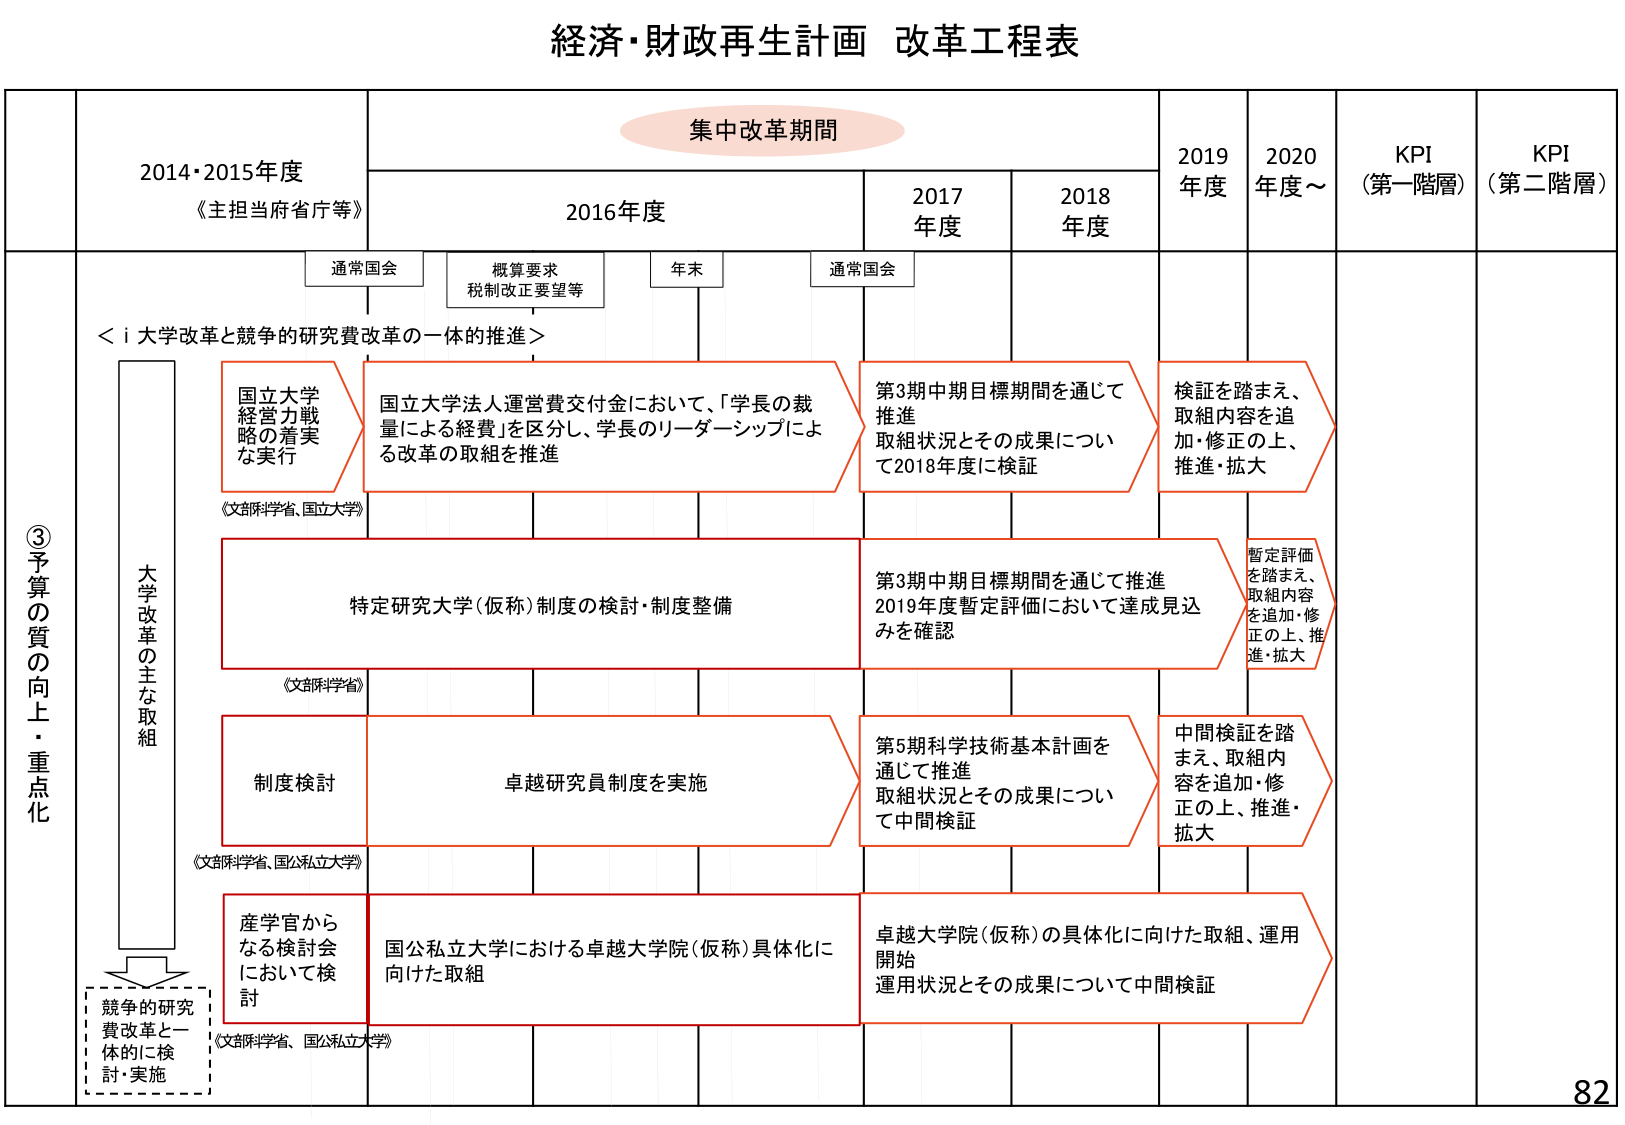
経済・財政再生計画 改革工程表

集中改革期間

2014・2015年度
《主担当府省庁等》

2016年度

2017年度

2018年度

2019年度

2020年度～

KPI
（第一階層）

KPI
（第二階層）

通常国会

概算要求
税制改正要望等

年末

通常国会

＜i 大学改革と競争的研究費改革の一体的推進＞

③予算の質の向上・重点化

大学改革の主な取組

国立大学
経営力戦略の着実な実行
《文部科学省、国立大学》

国立大学法人運営費交付金において、「学長の裁量による経費」を区分し、学長のリーダーシップによる改革の取組を推進

第3期中期目標期間を通じて推進
取組状況とその成果について2018年度に検証

検証を踏まえ、取組内容を追加・修正の上、推進・拡大

特定研究大学（仮称）制度の検討・制度整備
《文部科学省》

第3期中期目標期間を通じて推進
2019年度暫定評価において達成見込みを確認

暫定評価を踏まえ、取組内容を追加・修正の上、推進・拡大

制度検討
《文部科学省、国公私立大学》

卓越研究員制度を実施

第5期科学技術基本計画を通じて推進
取組状況とその成果について中間検証

中間検証を踏まえ、取組内容を追加・修正の上、推進・拡大

産学官からなる検討会において検討
《文部科学省、国公私立大学》

国公私立大学における卓越大学院（仮称）具体化に向けた取組

卓越大学院（仮称）の具体化に向けた取組、運用開始
運用状況とその成果について中間検証

競争的研究費改革と一体的に検討・実施

82